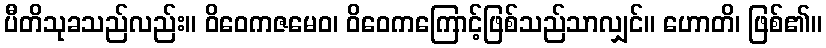
ပီတိသုခသည်လည်း။ ဝိဝေကဇမေဝ၊ ဝိဝေကကြောင့်ဖြစ်သည်သာလျှင်။ ဟောတိ၊ ဖြစ်၏။